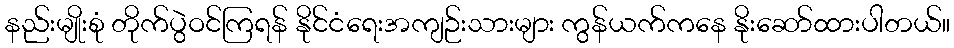
နည်းမျိုးစုံ တိုက်ပွဲဝင်ကြရန် နိုင်ငံရေးအကျဉ်းသားများ ကွန်ယက်ကနေ နိုးဆော်ထားပါတယ်။